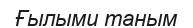
Ғылыми таным